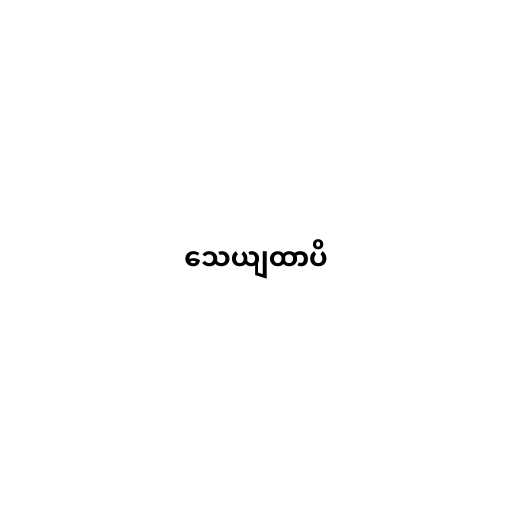
သေယျထာပိ